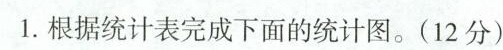
1.根据统计表完成下面的统计图。(12分)